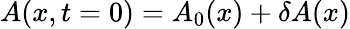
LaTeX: A(x,t=0)=A_{0}(x)+\delta A(x)